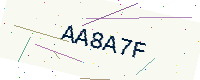
Text: AA8A7F